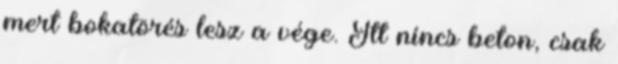
mert bokatörés lesz a vége. Itt nincs beton, csak